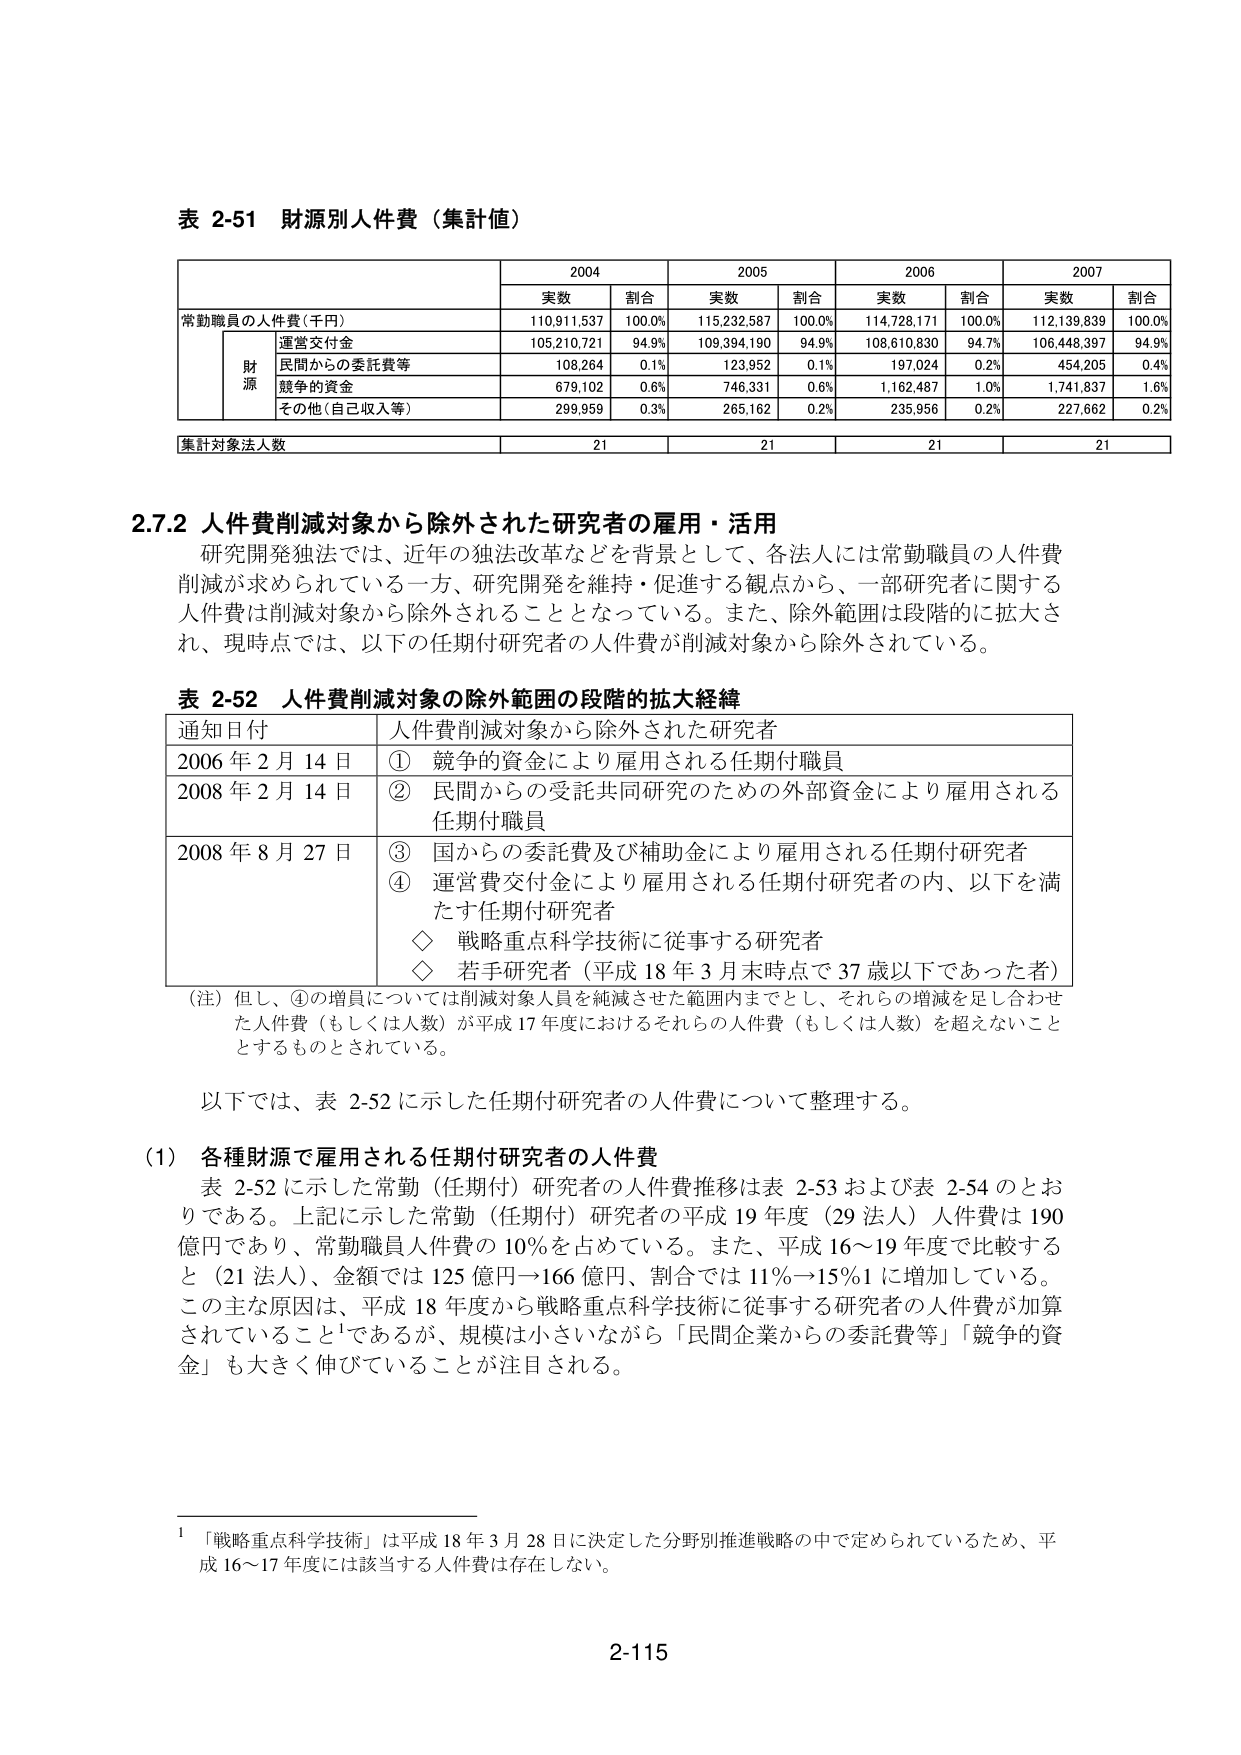
表 2-51 財源別人件費（集計値）

2004 2005 2006 2007
実数 割合 実数 割合 実数 割合 実数 割合
常勤職員の人件費（千円） 110,911,537 100.0% 115,232,587 100.0% 114,728,171 100.0% 112,139,839 100.0%
財源 運営交付金 105,210,721 94.9% 109,394,190 94.9% 108,610,830 94.7% 106,448,397 94.9%
民間からの委託費等 108,264 0.1% 123,952 0.1% 197,024 0.2% 454,205 0.4%
競争的資金 679,102 0.6% 746,331 0.6% 1,162,487 1.0% 1,741,837 1.6%
その他（自己収入等） 299,959 0.3% 265,162 0.2% 235,956 0.2% 227,662 0.2%
集計対象法人数 21 21 21 21

2.7.2 人件費削減対象から除外された研究者の雇用・活用
研究開発独法では、近年の独法改革などを背景として、各法人には常勤職員の人件費削減が求められている一方、研究開発を維持・促進する観点から、一部研究者に関する人件費は削減対象から除外されることとなっている。また、除外範囲は段階的に拡大され、現時点では、以下の任期付研究者の人件費が削減対象から除外されている。

表 2-52 人件費削減対象の除外範囲の段階的拡大経緯
通知日付 人件費削減対象から除外された研究者
2006 年 2 月 14 日 ① 競争的資金により雇用される任期付職員
2008 年 2 月 14 日 ② 民間からの受託共同研究のための外部資金により雇用される任期付職員
2008 年 8 月 27 日 ③ 国からの委託費及び補助金により雇用される任期付研究者
④ 運営費交付金により雇用される任期付研究者の内、以下を満たす任期付研究者
◇ 戦略重点科学技術に従事する研究者
◇ 若手研究者（平成 18 年 3 月末時点で 37 歳以下であった者）
（注）但し、④の増員については削減対象人員を純減させた範囲内までとし、それらの増減を足し合わせた人件費（もしくは人数）が平成 17 年度におけるそれらの人件費（もしくは人数）を超えないこととするものとされている。

以下では、表 2-52 に示した任期付研究者の人件費について整理する。

（1）各種財源で雇用される任期付研究者の人件費
表 2-52 に示した常勤（任期付）研究者の人件費推移は表 2-53 および表 2-54 のとおりである。上記に示した常勤（任期付）研究者の平成 19 年度（29 法人）人件費は 190 億円であり、常勤職員人件費の 10%を占めている。また、平成 16～19 年度で比較すると（21 法人）、金額では 125 億円→166 億円、割合では 11%→15%に増加している。この主な原因は、平成 18 年度から戦略重点科学技術に従事する研究者の人件費が加算されていること¹であるが、規模は小さいながら「民間企業からの委託費等」「競争的資金」も大きく伸びていることが注目される。

¹ 「戦略重点科学技術」は平成 18 年 3 月 28 日に決定した分野別推進戦略の中で定められているため、平成 16～17 年度には該当する人件費は存在しない。

2-115